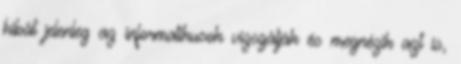
hibát jelenleg az informatikusok vizsgálják és megnézik azt is,